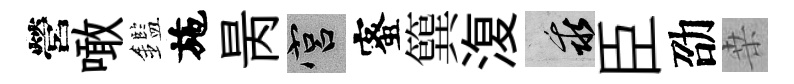
營噉鑑施昺宫蜜簨𣸪乖臣劭桒